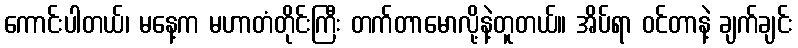
ကောင်းပါတယ်၊ မနေ့က မဟာတံတိုင်းကြီး တက်တာမောလို့နဲ့တူတယ်။ အိပ်ရာ ဝင်တာနဲ့ ချက်ချင်း